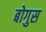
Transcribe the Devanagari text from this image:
बोगुस